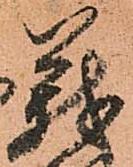
義